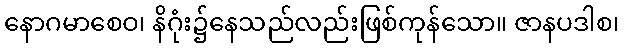
နောဂမာစေဝ၊ နိဂုံး၌နေသည်လည်းဖြစ်ကုန်သော။ ဇာနပဒါစ၊